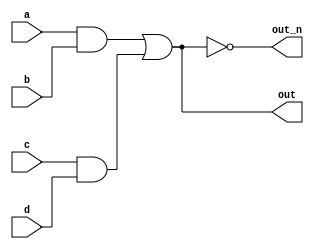
`default_nettype none
module top_module(
    input a,
    input b,
    input c,
    input d,
    output out,
    output out_n   ); 
    
    wire[1:0] o;
    assign o[0] = a && b;
    assign o[1] = c && d;
    assign out = o[0] || o[1];
    assign out_n = ~out; 

endmodule